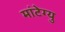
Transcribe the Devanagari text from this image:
मांटेग्यु